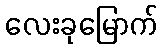
လေးခုမြောက်